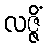
လဇ္ဇိံ